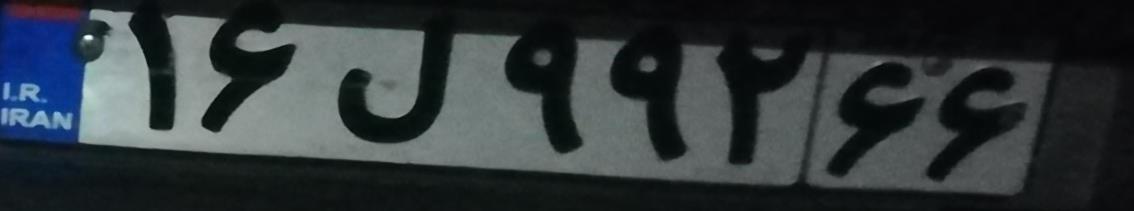
۱۶ل۹۹۲۶۶